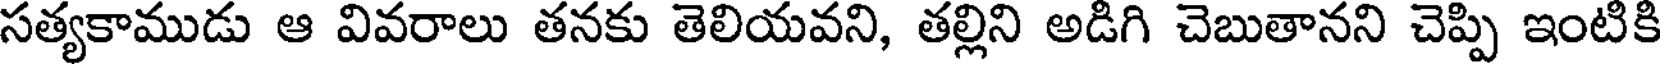
సత్యకాముడు ఆ వివరాలు తనకు తెలియవని, తల్లిని అడిగి చెబుతానని చెప్పి ఇంటికి